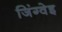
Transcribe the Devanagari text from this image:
जिंग्वेइ